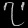
Digit: ၇